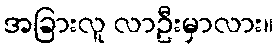
အခြားလူ လာဦးမှာလား။